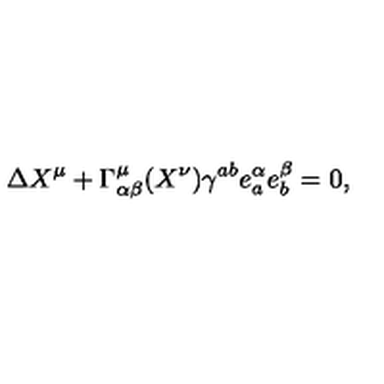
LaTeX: \Delta X ^ { \mu } + \Gamma _ { \alpha \beta } ^ { \mu } ( X ^ { \nu } ) \gamma ^ { a b } e _ { a } ^ { \alpha } e _ { b } ^ { \beta } = 0 ,